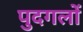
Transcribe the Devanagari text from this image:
पुदगलों